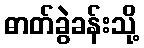
ဓာတ်ခွဲခန်းသို့